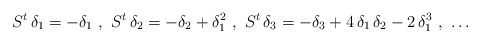
\begin{align*}S^t \, \delta_1 = -\delta_1 \ , \ S^t \, \delta_2 = -\delta_2 + \delta_1^2 \ , \ S^t \, \delta_3 = -\delta_3 + 4 \, \delta_1 \, \delta_2 - 2 \, \delta_1^3 \ , \ \ldots \end{align*}